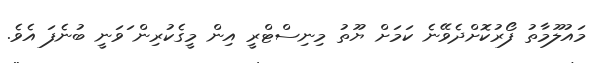
މައުލޫމާތު ފޯރުކޮށްދެވޭނެ ކަމަށް ޔޫތު މިނިސްޓްރީ އިން މީގެކުރިން ަވަނީ ބުނެފަ އެވެ.